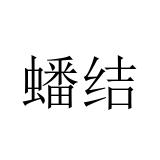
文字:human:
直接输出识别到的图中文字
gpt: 蟠结